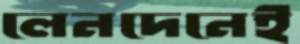
লেনদেনেই